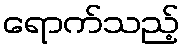
ရောက်သည့်